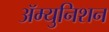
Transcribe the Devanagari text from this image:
ॲम्युनिशन